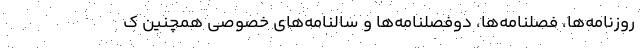
روزنامه‌ها، فصلنامه‌ها، دوفصلنامه‌ها و سالنامه‌های خصوصی همچنین ک